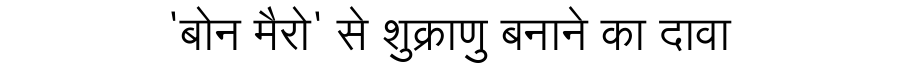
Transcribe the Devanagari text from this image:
'बोन मैरो' से शुक्राणु बनाने का दावा